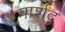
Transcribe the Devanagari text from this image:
पार्शद